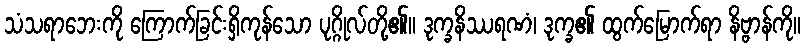
သံသရာဘေးကို ကြောက်ခြင်းရှိကုန်သော ပုဂ္ဂိုလ်တို့၏။ ဒုက္ခနိဿရဏံ၊ ဒုက္ခ၏ ထွက်မြောက်ရာ နိဗ္ဗာန်ကို။